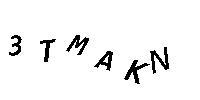
3TMAKN